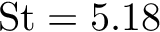
\mathrm { S t } = 5 . 1 8